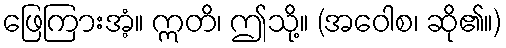
ဖြေကြားအံ့။ ဣတိ၊ ဤသို့။ (အဝေါစ၊ ဆို၏။)